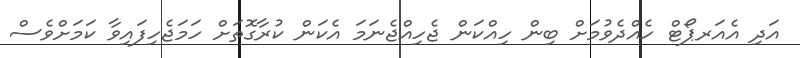
އަދި އެއަރޕޯޓް ހެއްދެވުމަށް ބިން ހިއްކަން ޖެހިއްޖެނަމަ އެކަން ކުރާގޮތަށް ހަމަޖެހިފައިވާ ކަމަށްވެސް